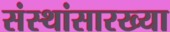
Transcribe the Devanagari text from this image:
संस्थांसारख्या